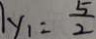
y _ { 1 } = \frac { 5 } { 2 }